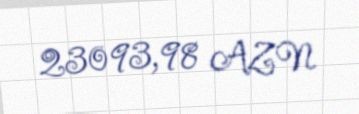
23093,98 AZN